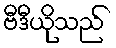
ဗီဒီယိုသည်